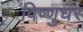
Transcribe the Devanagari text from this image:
विष्णुधर